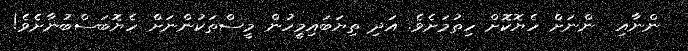
ންނާއި  ންނަށް ހެޔޮކޮށް ހިތުމަށެވެ. އަދި ތިޔަބައިމީހުން މީސްތަކުންނަށް ހެޔޮބަސްބުނާށެވެ!